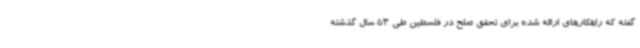
گفته که راهکارهای ارائه شده برای تحقق صلح در فلسطین طی 53 سال گذشته